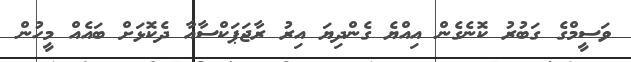
ވަސީމްގެ ގަބުރު ކޮނެގެން އިއްޔެ ގެންދިޔަ އިރު ރާޖަޕަކްސާއާ ދެކޮޅަށް ބައެއް މީހުން